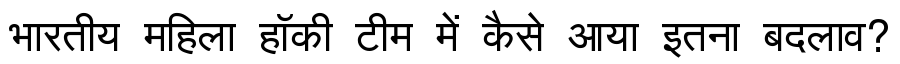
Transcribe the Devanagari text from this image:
भारतीय महिला हॉकी टीम में कैसे आया इतना बदलाव?